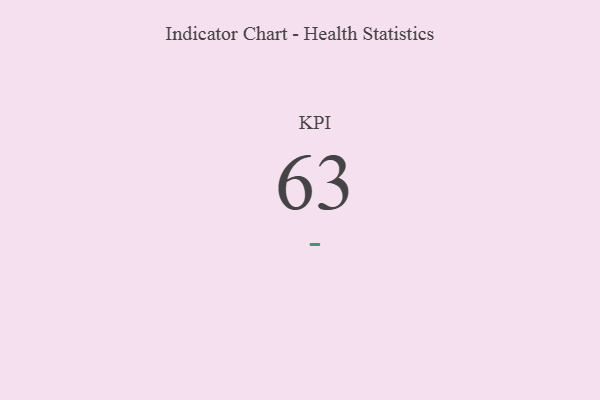
{"axis": {"x": "KPI", "y": "Value"}, "legend": [""], "data": [{"x": "KPI", "y": 63, "type": ""}]}